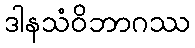
ဒါနသံဝိဘာဂဿ